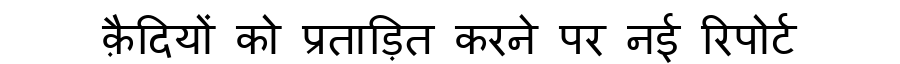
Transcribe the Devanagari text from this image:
क़ैदियों को प्रताड़ित करने पर नई रिपोर्ट